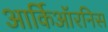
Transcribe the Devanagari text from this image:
आर्किऑरनिस